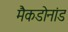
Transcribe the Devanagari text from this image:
मैकडोनांड